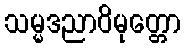
သမ္မဒညာဝိမုတ္တော